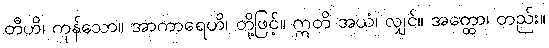
တီဟိ၊ ကုန်သော။ အာကာရေဟိ၊ တို့ဖြင့်။ ဣတိ အယံ၊ လျှင်။ အတ္ထော၊ တည်း။